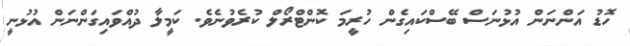
ހޮޑު އަންނަން އުޅުނަސް ބޭސްކައިގެން ހުރީމަ ކޮންޓްރޯލް ކުރެވުނެވެ. ކަމީލާ ދުއްވައިގަންނަން އުޅުނީ